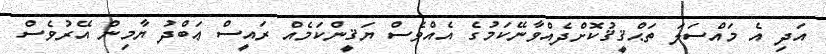
އަދި އެ މައްސަލަ ތަޙްޤީޤުކޮށްދެއްވާނޭކަމުގެ އެއްވެސް ޔަޤީންކަމެއް ރައީސް ޢަބްދު ޔާމިން އޭރުވެސް